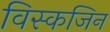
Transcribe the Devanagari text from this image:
विस्कजिन